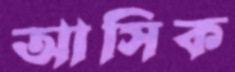
আসিক